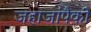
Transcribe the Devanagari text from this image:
जहाजांपैकी